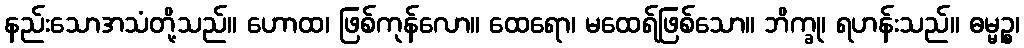
နည်းသောအသံတို့သည်။ ဟောထ၊ ဖြစ်ကုန်လော။ ထေရော၊ မထေရ်ဖြစ်သော။ ဘိက္ခု၊ ရဟန်းသည်။ ဓမ္မဉ္စ၊